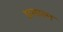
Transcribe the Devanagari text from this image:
प्रचाल्न